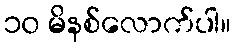
၁၀ မိနစ်လောက်ပါ။